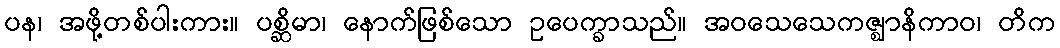
ပန၊ အဖို့တစ်ပါးကား။ ပစ္ဆိမာ၊ နောက်ဖြစ်သော ဥပေက္ခာသည်။ အဝသေသေကဇ္ဈာနိကာဝ၊ တိက